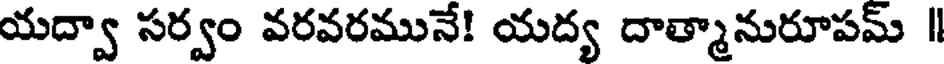
యద్వా సర్వం వరవరమునే! యద్య దాత్మానురూపమ్